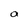
Character: a